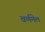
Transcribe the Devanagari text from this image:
वर्णमेल